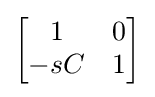
{\begin{bmatrix}1&0\\-sC&1\end{bmatrix}}